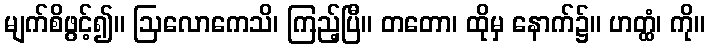
မျက်စိဖွင့်၍။ ဩလောကေသိ၊ ကြည့်ပြီ။ တတော၊ ထိုမှ နောက်၌။ ဟတ္ထံ၊ ကို။